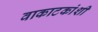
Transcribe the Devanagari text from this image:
वाकाटकांशी